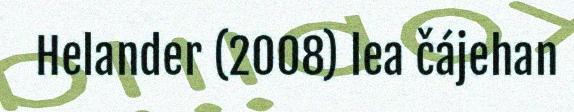
Helander (2008) lea čájehan